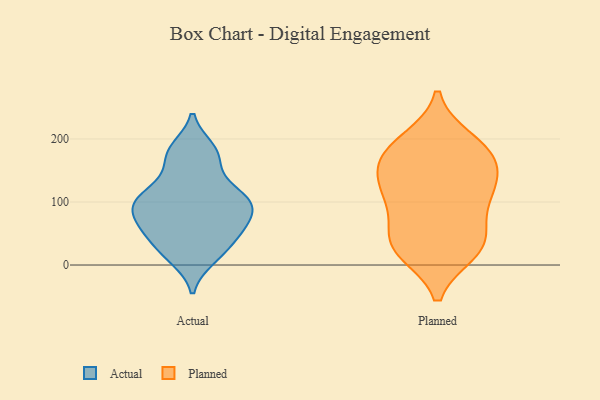
{"axis": {"x": "Demand Index", "y": "Value"}, "legend": ["Actual", "Planned"], "data": [{"x": "", "y": 77, "type": "Actual"}, {"x": "", "y": 178, "type": "Actual"}, {"x": "", "y": 87, "type": "Actual"}, {"x": "", "y": 107, "type": "Actual"}, {"x": "", "y": 10, "type": "Actual"}, {"x": "", "y": 153, "type": "Actual"}, {"x": "", "y": 55, "type": "Actual"}, {"x": "", "y": 21, "type": "Actual"}, {"x": "", "y": 108, "type": "Actual"}, {"x": "", "y": 114, "type": "Actual"}, {"x": "", "y": 44, "type": "Actual"}, {"x": "", "y": 61, "type": "Actual"}, {"x": "", "y": 185, "type": "Actual"}, {"x": "", "y": 96, "type": "Actual"}, {"x": "", "y": 35, "type": "Planned"}, {"x": "", "y": 170, "type": "Planned"}, {"x": "", "y": 159, "type": "Planned"}, {"x": "", "y": 114, "type": "Planned"}, {"x": "", "y": 144, "type": "Planned"}, {"x": "", "y": 22, "type": "Planned"}, {"x": "", "y": 47, "type": "Planned"}, {"x": "", "y": 34, "type": "Planned"}, {"x": "", "y": 179, "type": "Planned"}, {"x": "", "y": 97, "type": "Planned"}, {"x": "", "y": 25, "type": "Planned"}, {"x": "", "y": 197, "type": "Planned"}, {"x": "", "y": 106, "type": "Planned"}, {"x": "", "y": 123, "type": "Planned"}, {"x": "", "y": 188, "type": "Planned"}]}